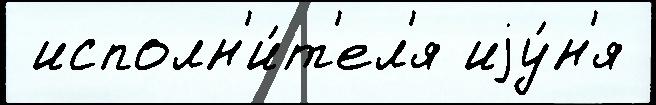
 исполн'и́т'ел'я иjу́н'я